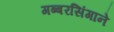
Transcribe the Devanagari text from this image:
गब्बरसिंगाने